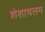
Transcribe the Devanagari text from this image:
शेशाचलम